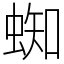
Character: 蜘